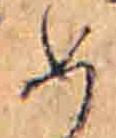
め